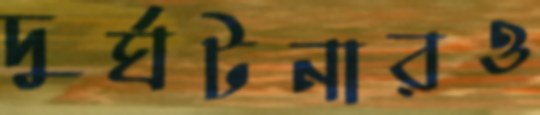
দুর্ঘটনারও